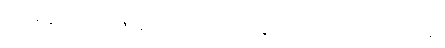
ဗုဒ္ဓိမန္တာနံ ဖလဘောဇိနောတိ စေတာပေဿန္တိ ဗျာဓိပီဠိတော မေတိအာဒိနာ